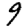
Digit: 9